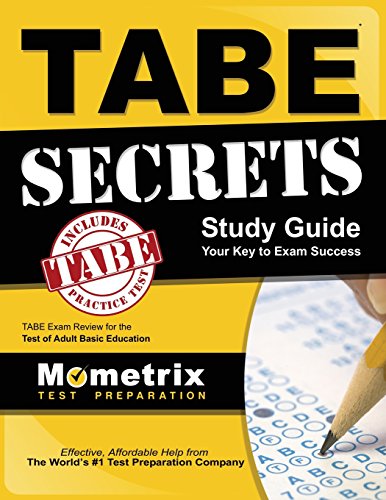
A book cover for TABE Secrets Study Guide: TABE Exam Review for the Test of Adult Basic Education; TABE Exam Secrets Test Prep Team; Test Preparation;